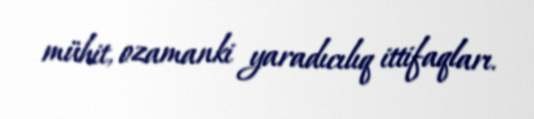
mühit, ozamanki yaradıcılıq ittifaqları.